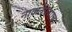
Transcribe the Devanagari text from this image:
नाकर्तेपणाचा